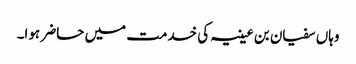
وہاں سفیان بن عیینہ کی خدمت میں حاضر ہوا۔